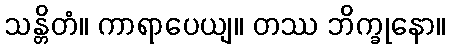
သန္တိတံ။ ကာရာပေယျ။ တဿ ဘိက္ခုနော။